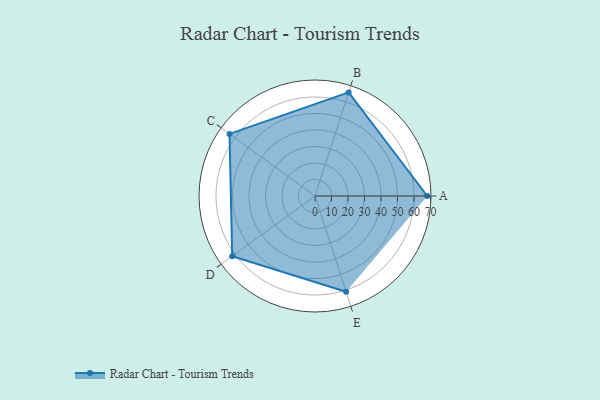
{"axis": {"x": "Skill", "y": "Score"}, "legend": ["Profile"], "data": [{"x": "A", "y": 68.0, "type": "Profile"}, {"x": "B", "y": 66.0, "type": "Profile"}, {"x": "C", "y": 64.0, "type": "Profile"}, {"x": "D", "y": 62.0, "type": "Profile"}, {"x": "E", "y": 61.0, "type": "Profile"}]}